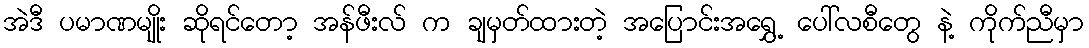
အဲဒီ ပမာဏမျိုး ဆိုရင်တော့ အန်ဖီးလ် က ချမှတ်ထားတဲ့ အပြောင်းအရွှေ့ ပေါ်လစီတွေ နဲ့ ကိုက်ညီမှာ